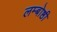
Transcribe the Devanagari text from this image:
लम्बोष्ठी